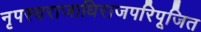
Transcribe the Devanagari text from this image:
नृपस्यराजाधिराजपरिपूजित